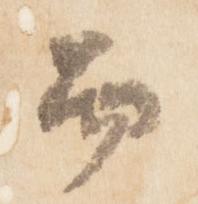
而